Note on the mental hospitals in Burma - 1925-1940
Year: 1925
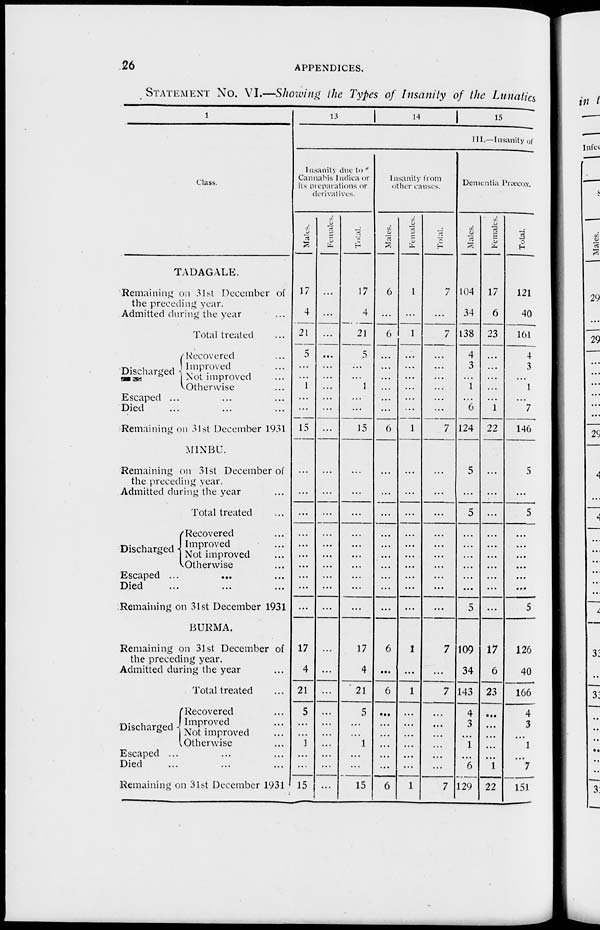
26
APPENDICES.
STATEMENT NO. VI.—Showing the Types of Insanity of the Lunatics
1
Class.
TADAGALE.
Remaining on 31st December of
the preceding year.
Admitted during the year ...
Total treated ...
Discharged
Recovered ...
Improved ...
Not improved ...
Otherwise ...
Escaped ... ... ...
Died ... ... ...
Remaining on 31st December 1931
MINBU.
Remaining on 31st December of
the preceding year.
Admitted during the year ...
Total treated ...
Discharged
Recovered ...
Improved ...
Not improved ...
Otherwise ...
Escaped ...
... ...
Died ... ... ...
Remaining on 31st December 1931
BURMA.
Remaining on 31st December of
the preceding year.
Admitted during the year ...
Total treated ...
Discharged
Recovered ...
Improved ...
Not improved ...
Otherwise ...
Escaped ... ... ...
Died ... ... ...
Remaining on 31st December 1931
13
14 15
III.— Insanity of
Insanity due to
Cannabis Indica or
its preparations or
derivatives.
Males.
17
4
21
5
...
...
1
...
...
15
...
...
...
...
...
...
...
...
...
...
17
4
21
5
...
...
1
...
...
15
Females.
...
...
...
....
...
...
...
...
...
...
...
...
...
...
...
...
...
...
...
...
...
...
...
...
...
...
...
...
...
...
Total.
17
4
21
5
...
...
1
...
...
15
...
...
...
...
...
...
...
...
...
...
17
4
21
5
...
...
1
...
15
Insanity from
other causes.
Males.
6
...
6
...
...
...
...
...
...
6
...
...
...
...
...
...
...
...
...
...
6
....
6
...
...
...
...
...
...
6
Females.
1
...
1
...
...
...
...
...
...
1
...
...
...
...
...
...
...
...
...
...
1
...
1
...
...
...
...
...
...
1
Total.
7
...
7
...
...
...
...
...
...
7
...
...
...
...
...
...
...
...
...
...
7
...
7
...
...
...
...
...
...
7
Dementia Præcox.
Males.
104
34
138
4
3
...
1
...
6
124
5
...
5
...
...
...
...
...
...
5
109
34
143
4
3
...
1
...
6
129
Females.
17
6
23
...
...
...
...
...
1
22
...
...
...
...
...
...
...
...
...
...
17
6
23
...
...
...
...
...
1
22
Total.
121
40
161
4
3
...
1
...
7
146
5
...
5
...
...
...
...
...
...
5
126
40
166
4
3
...
1
...
7
151